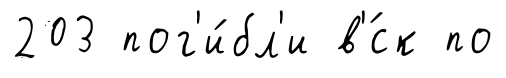
203 пог'и́бл'и в'́ск по